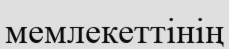
мемлекеттінің